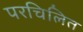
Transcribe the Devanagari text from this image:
परचिलित